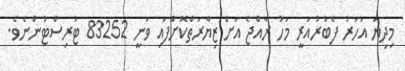
މިދިޔަ އަހަރު ފެބުރުއަރީ މަހު ރާއްޖެ އަށް ޒިޔާރަތްކޮށްފައި ވަނީ 83252 ޓުރިސްޓުންނެވެ.